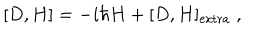
[ D , H ] = - i \hbar H + [ D , H ] _ { \mathrm { e x t r a } } \; ,